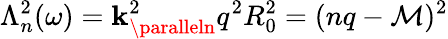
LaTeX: \Lambda_{n}^{2}(\omega)=\mathbf{k}_{\paralleln}^{2}q^{2}R_{0}^{2}=(nq-\mathcal{M})^{2}